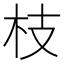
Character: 枝